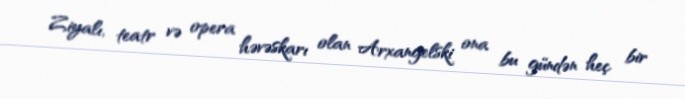
Ziyalı, teatr və opera həvəskarı olan Arxangelski ona bu gündən heç bir